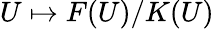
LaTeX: U\mapsto F(U)/K(U)